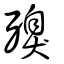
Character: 殠